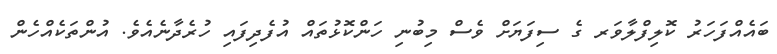
ބައެއްފަހަރު ކޮލިފްލާވަރ ގެ ސިފަޔަށް ވެސް މިބުނި ހަންކޮޅުތައް އުފެދިފައި ހުރެދާނެއެވެ. އުންތަކެއްހެން